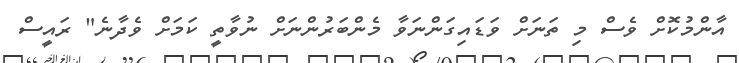
އާންމުކޮށް ވެސް މި ތަނަށް ވަޑައިގަންނަވާ މެންބަރުންނަށް ނުވާތީ ކަމަށް ވެދާނެ" ރައީސް